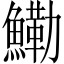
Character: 鰳